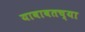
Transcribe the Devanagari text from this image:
याबाबतच्या